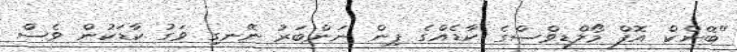
"ބޭންކް އޮފް މޯލްޑިވްސްގެ ކާޑެއްގެ ޕިން ނަންބަރު ނޭނގި ވަގު ކާޑަކުން ވެސް